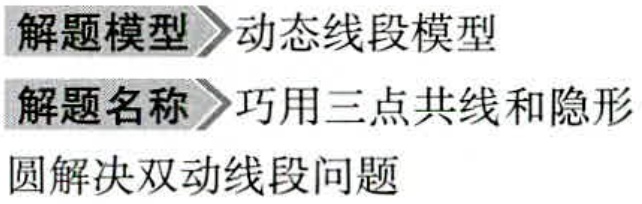
\begin{document}
解题模型 \textgreater 动态线段模型\\
解题名称 \textgreater 巧用三点共线和隐形\\
圆解决双动线段问题
\end{document}